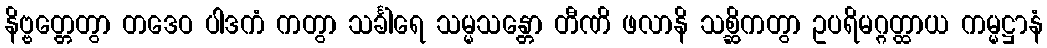
နိဗ္ဗတ္တေတွာ တဒေဝ ပါဒကံ ကတွာ သင်္ခါရေ သမ္မသန္တော တီဏိ ဖလာနိ သစ္ဆိကတွာ ဥပရိမဂ္ဂတ္ထာယ ကမ္မဋ္ဌာနံ